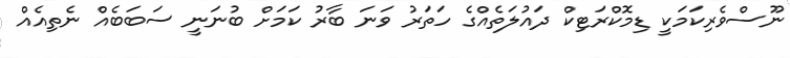
ނޫސްވެރިކަމަކީ ޑިމޮކްރަޓިކް ދައުލަތެއްގެ ހަތަރު ވަނަ ބާރު ކަމަށް ބުނަނީ ސަބަބެއް ނެތިއެއް